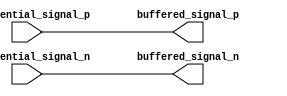
module differential_buffer (
  input differential_signal_p,
  input differential_signal_n,
  output reg buffered_signal_p,
  output reg buffered_signal_n
);

assign buffered_signal_p = differential_signal_p;
assign buffered_signal_n = differential_signal_n;

endmodule